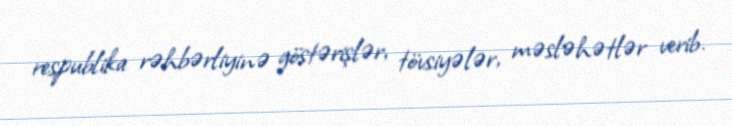
respublika rəhbərliyinə göstərişlər, tövsiyələr, məsləhətlər verib.